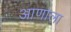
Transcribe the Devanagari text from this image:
आणाला